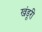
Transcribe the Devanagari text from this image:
खंडूरी